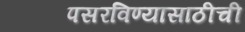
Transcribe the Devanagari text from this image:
पसरविण्यासाठीची